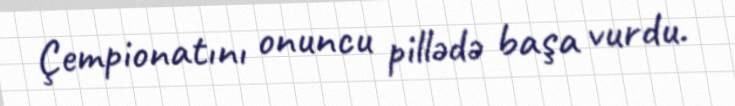
Çempionatını onuncu pillədə başa vurdu.